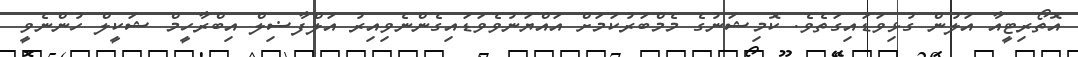
އޮތޯރިޓީއާ އަލުން ގުޅިވަޑައިގަތެވެ. ކޮމިޝަނުގެ މެމްބަރުކަމަށް އައްޔަނުވެވަޑައިގެންނެވިއިރު އަލްފާޟިލް އިބްރާހީމް ޝަކީލް ހުންނެވީ